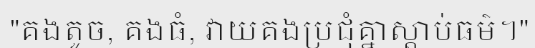
"គងតូច, គងធំ, វាយគងប្រជុំគ្នាស្តាប់ធម៌។"